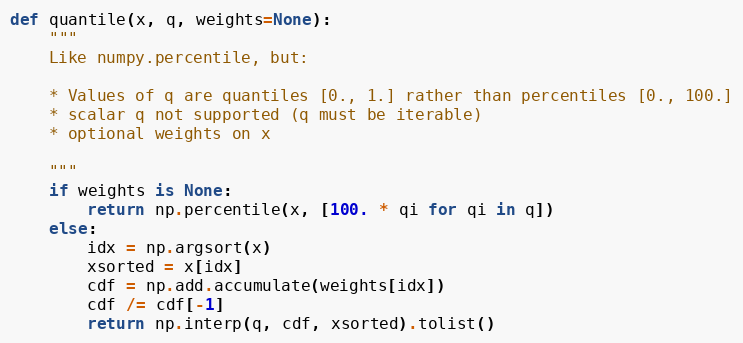
Language: Python
def quantile(x, q, weights=None):
    """
    Like numpy.percentile, but:

    * Values of q are quantiles [0., 1.] rather than percentiles [0., 100.]
    * scalar q not supported (q must be iterable)
    * optional weights on x

    """
    if weights is None:
        return np.percentile(x, [100. * qi for qi in q])
    else:
        idx = np.argsort(x)
        xsorted = x[idx]
        cdf = np.add.accumulate(weights[idx])
        cdf /= cdf[-1]
        return np.interp(q, cdf, xsorted).tolist()